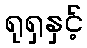
ရုရှနှင့်